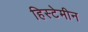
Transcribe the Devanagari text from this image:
हिस्टेमीन